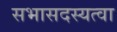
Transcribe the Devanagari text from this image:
सभासदस्यत्वा